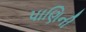
પાણિની